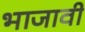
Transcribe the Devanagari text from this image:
भाजावी